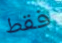
فقط